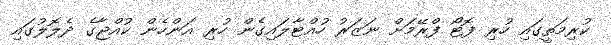
ކުރިމަތީގައި ހުރި ފޮޓޯ ފްރޭމަށް ނަޒަރު ހުއްޓާލައިގެން ހުރި އަންހެން ކުއްޖާގެ ދެލޮލުގައި